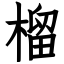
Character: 榴